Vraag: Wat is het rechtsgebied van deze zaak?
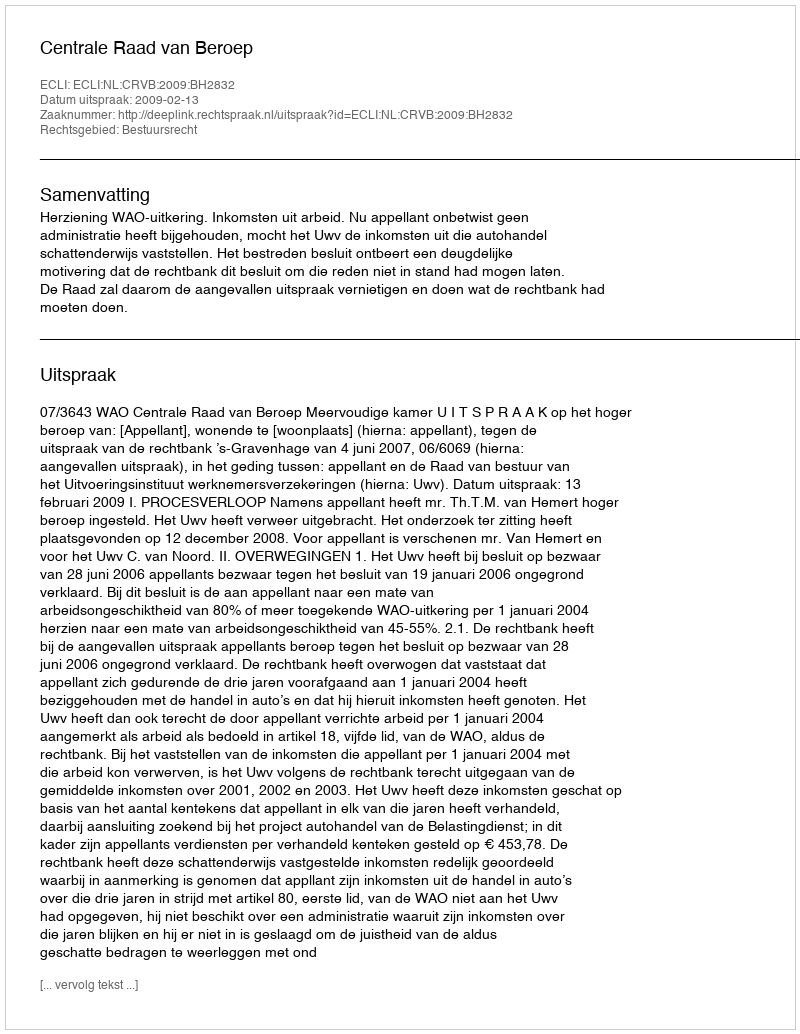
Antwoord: Bestuursrecht